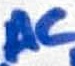
Text: AC